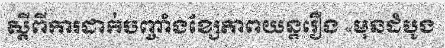
ស្តីពីការដាក់បញ្ចាំងខ្សែភាពយន្តរឿង «មុនដំបូង